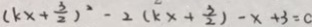
( k x + \frac { 3 } { 2 } ) ^ { 2 } - 2 ( k x + \frac { 3 } { 2 } ) - x + 3 = 0